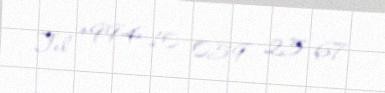
Tel +994 10 059 25 67